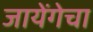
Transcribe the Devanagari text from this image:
जायेंगेचा